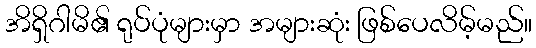
အိရှိဂါမိ၏ ရုပ်ပုံများမှာ အများဆုံး ဖြစ်ပေလိမ့်မည်။